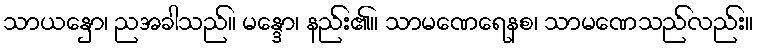
သာယနှော၊ ညအခါသည်။ မန္ဒော၊ နည်း၏။ သာမဏေရေနစ၊ သာမဏေသည်လည်း။